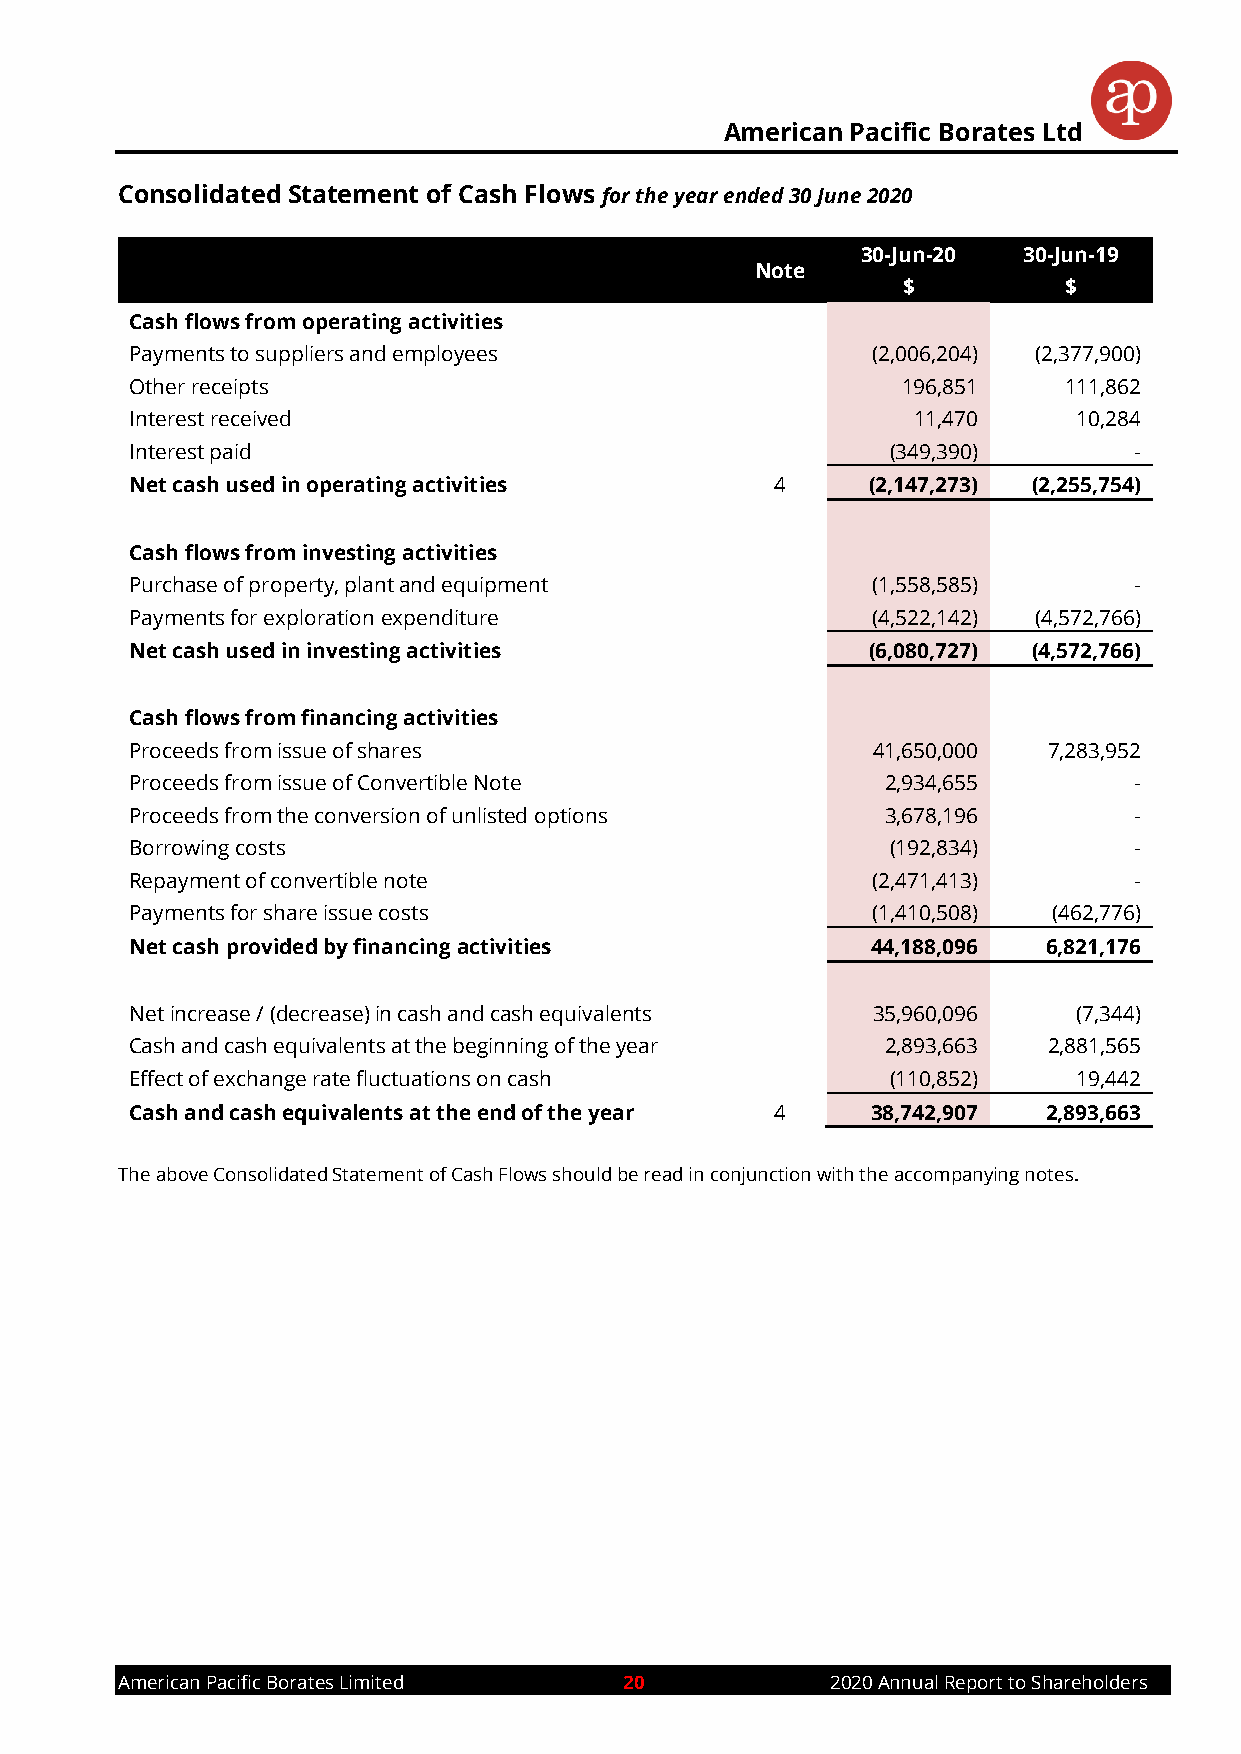
American Pacific Borates Ltd
 Consolidated Statement of Cash Flows for the year ended 30 June 2020
 30-Jun-20  30-Jun-19
 Note
 $         $
 Cash flows from operating activities
 Payments to suppliers and employees              (2,006,204) (2,377,900)
 Other receipts                                     196,851   111,862
 Interest received                                  11,470     10,284
 Interest paid                                     (349,390)       -
 Net cash used in operating activities     4      (2,147,273) (2,255,754)
 Cash flows from investing activities
 Purchase of property, plant and equipment        (1,558,585)      -
 Payments for exploration expenditure             (4,522,142) (4,572,766)
 Net cash used in investing activities            (6,080,727) (4,572,766)
 Cash flows from financing activities
 Proceeds from issue of shares                    41,650,000 7,283,952
 Proceeds from issue of Convertible Note           2,934,655       -
 Proceeds from the conversion of unlisted options  3,678,196       -
 Borrowing costs                                   (192,834)       -
 Repayment of convertible note                    (2,471,413)      -
 Payments for share issue costs                   (1,410,508) (462,776)
 Net cash provided by financing activities        44,188,096 6,821,176
 Net increase / (decrease) in cash and cash equivalents 35,960,096 (7,344)
 Cash and cash equivalents at the beginning of the year 2,893,663 2,881,565
 Effect of exchange rate fluctuations on cash      (110,852)   19,442
 Cash and cash equivalents at the end of the year 4 38,742,907 2,893,663
 The above Consolidated Statement of Cash Flows should be read in conjunction with the accompanying notes.
 American Pacific Borates Limited 20            2020 Annual Report to Shareholders